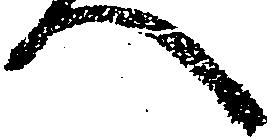
へ